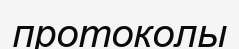
протоколы